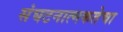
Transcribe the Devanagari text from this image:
संघटनात्मकतेचा